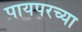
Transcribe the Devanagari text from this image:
पायपरच्या